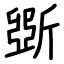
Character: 斲